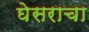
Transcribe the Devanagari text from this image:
घेसराचा